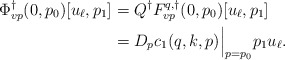
\begin{align*}\Phi^\dagger_{vp}(0,p_0)[u_\ell,p_1] &= Q^\dagger F^{q,\dagger}_{vp}(0,p_0)[u_\ell,p_1]\\&=D_p c_1(q,k,p)\Big|_{p=p_0}p_1u_\ell.\end{align*}